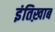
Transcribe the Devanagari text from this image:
इंतिख़ाब